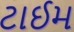
ટાઈમ